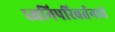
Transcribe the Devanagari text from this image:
ध्वनिपरिवर्तनाचे